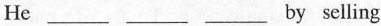
He ___ ___ ___ by selling